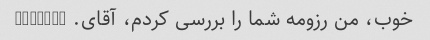
خوب، من رزومه شما را بررسی کردم، آقای. peepers